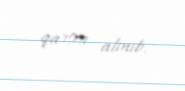
qarşısı alınıb.